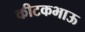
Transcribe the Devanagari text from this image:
कीटकभाऊ